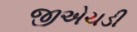
જીએચડી